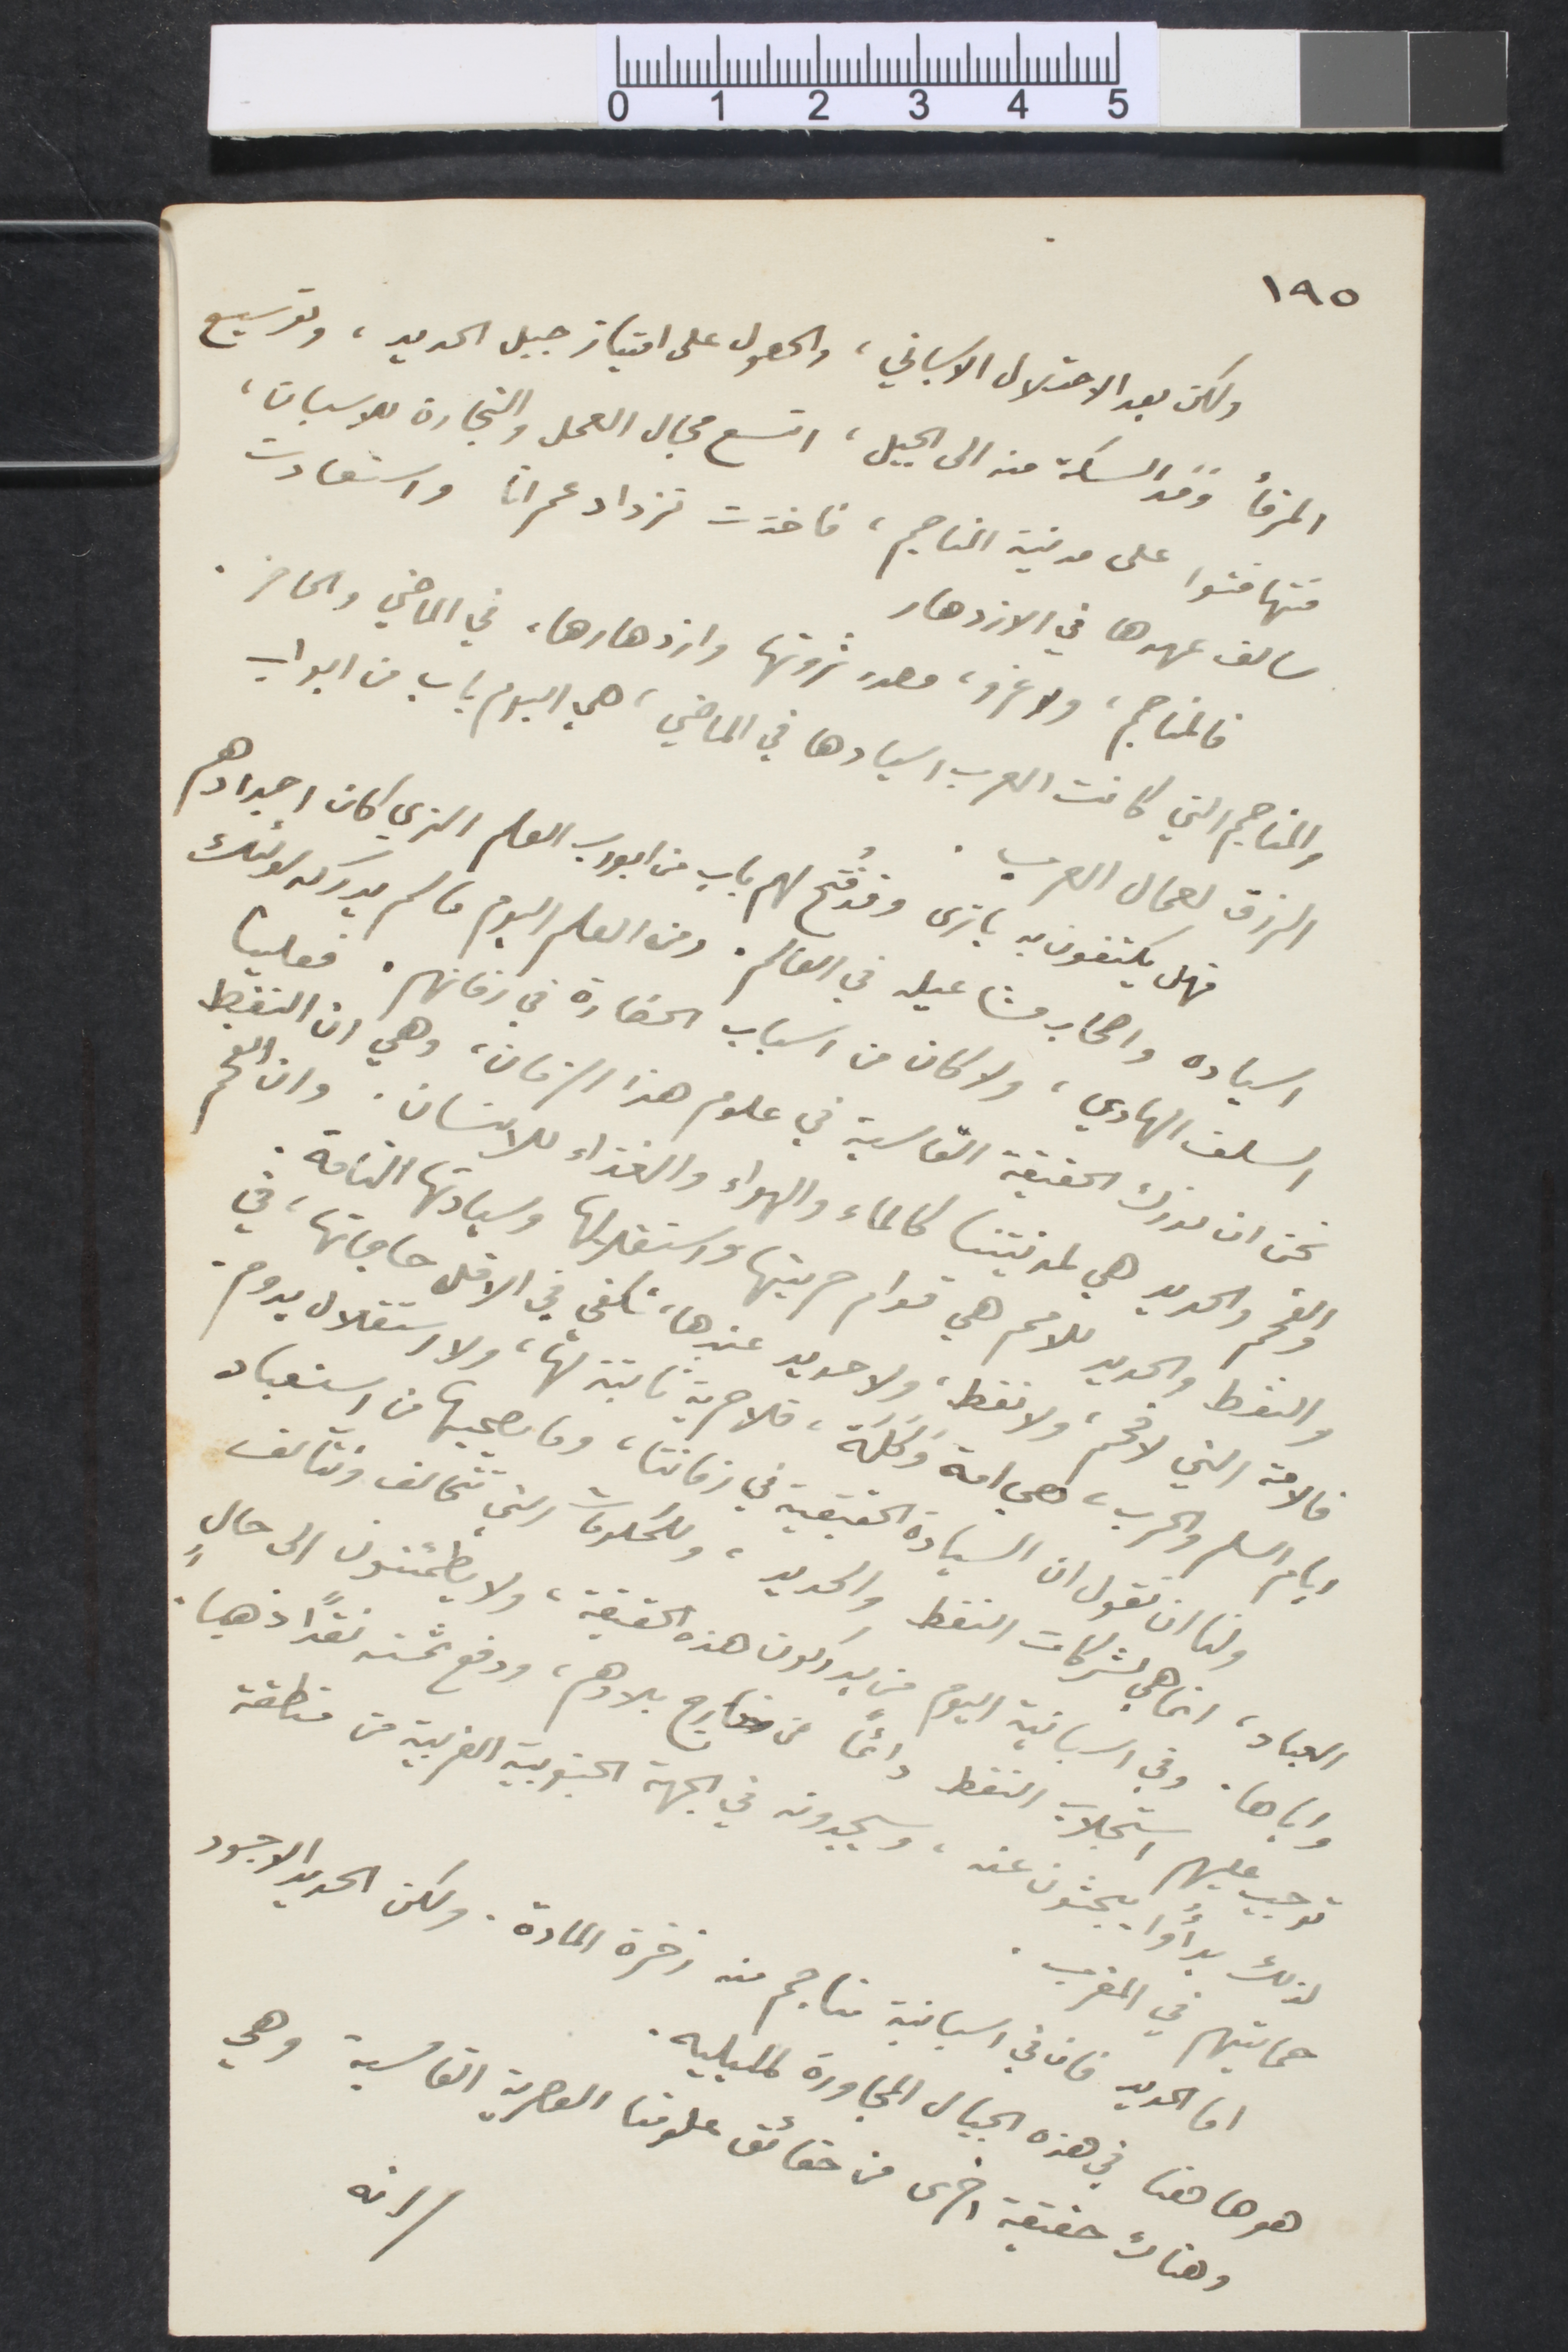
١٩٥
ولكن بعد الاحتلال الأسباني، والحصول على امتياز جبل الحديد، وتوسيع
المرفأ ومد السكّة منه الى الجبل، اتسع مجال العمل والتجارة للاسبان،
فتهاقتوا على مدنية المناجم، فاخذت تزداد عمرانًا، واستعادت
سالف عهدها في الازدهار
فالمناجم، ولا غرو، مصدر ثروتها وازدهارها، في الماضي والحاضر.
والمناجم التي كانت العرب اسيادها في الماضي، هي البوم باب من بواب
الرزق لعمال العرب.
فهم يكتفون به يا ترى وقد فُتح لهم باب من ابواب العلم الذي كان اجدادهم
اسياده واصحاب مشاعيله في العالم. ومن العلم اليوم ما لم يدركه اولئك
السلف الهادي، ولا كان من اسباب الحضارة في زمانهم. فعلينا
نحن ان تدرك الحقيقة القاسية في علوم هذا الزمان، وهي ان النفط
والفحم والحديد هي لمدنيتنا كالماء والهواء والغذاء للأنسان. وان الفحم
والفظ والحديد للامم هي قوام حريتها واستقلالها وسيادتها التامة.
فالامة التي لا فحم، ولا نفط، ولا حديد عندها، تكفي في الاقل حاجتها، في
ايام السلم والحرب، لهي امه وكلة، فلا حرية ثابتة لها، ولا استقلال يدوم.
ولنا ان نقول ان السيادة الحقيقية في زماننا، وما ينجيها من استعباد
العباد، انما هي لشركات النفط والحديد، وللحكومات التي تتحالف وتتآلف
واباها، وفي اسبانية اليوم من يدركون هذا الحقيقة، ولا يطمئنون الى حالٍ
توجب عليهم استجلاب النفط دائمًا من خارج بلادهم، ودفع ثمنه نقدًا ذهبًا
لذالك بدأوا يبحثون عنه، ويجدونه في الجهة الجنوبية الغربية من منطقة
حمايتهم في المغرب.
اما الحديد فان في اسبانية مناجم من زخرة المادة. ولكن الحدة الأجود
انه
هوها هنا في هذه الجبال المجاورة لمليله.
وهناك حقيقة أخرى من حقائق علومنا العصرية القاسية، وهي